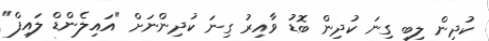
ކުދިން ލިބި ގިނަ ކުދިން ބޮޑު ވާއިރު ގިނަ ކުދިންނަށް "އައިލެންޑް ލައިފް"